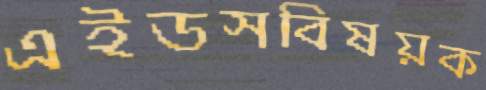
এইডসবিষয়ক